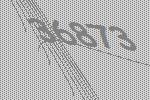
36873